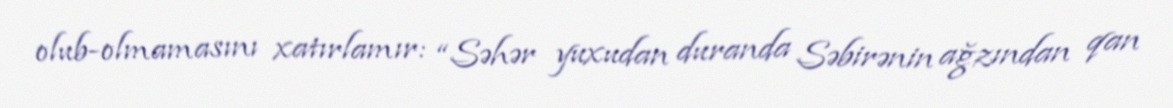
olub-olmamasını xatırlamır: “Səhər yuxudan duranda Səbirənin ağzından qan